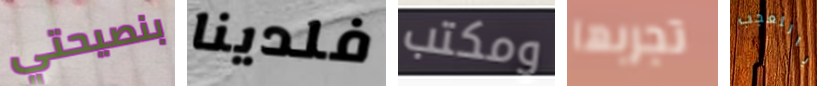
بنصيحتي فلدينا ومكتب تجربها ياللعجب